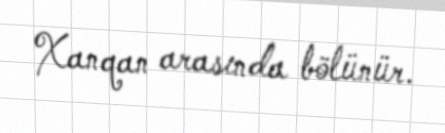
Xanqan arasında bölünür.